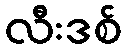
လီးဒစ်